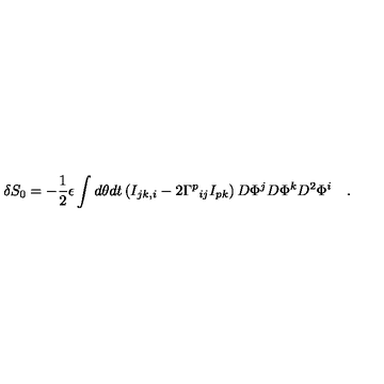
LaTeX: \delta S _ { 0 } = - \frac { 1 } { 2 } \epsilon \int d \theta d t \left( I _ { j k , i } - 2 { \Gamma ^ { p } } _ { i j } I _ { p k } \right) D \Phi ^ { j } D \Phi ^ { k } D ^ { 2 } \Phi ^ { i } \quad .